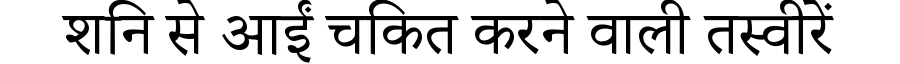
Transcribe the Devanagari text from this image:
शनि से आईं चकित करने वाली तस्वीरें